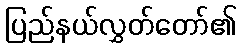
ပြည်နယ်လွှတ်တော်၏